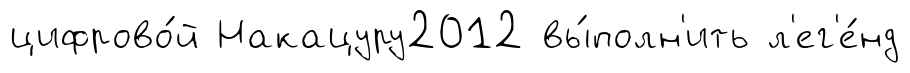
цифрово́й Накацуру2012 вы́полн'ить л'ег'е́нд